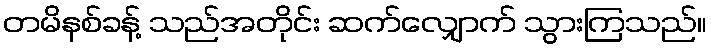
တမိနစ်ခန့် သည်အတိုင်း ဆက်လျှောက် သွားကြသည်။